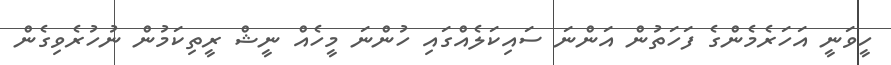
ހީވަނީ އަހަރެމެންގެ ފަހަތުން އަންނަ ސައިކަލެއްގައި ހުންނަ މީހެއް ނީޝް ރީތިކަމުން ނުހުރެވިގެން